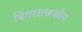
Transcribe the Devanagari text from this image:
बिगरराजकीय